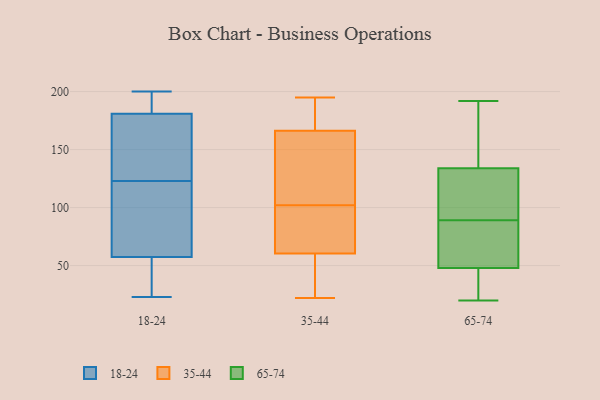
{"axis": {"x": "Active Users", "y": "Value"}, "legend": ["18-24", "35-44", "65-74"], "data": [{"x": "", "y": 32, "type": "18-24"}, {"x": "", "y": 102, "type": "18-24"}, {"x": "", "y": 178, "type": "18-24"}, {"x": "", "y": 182, "type": "18-24"}, {"x": "", "y": 68, "type": "18-24"}, {"x": "", "y": 46, "type": "18-24"}, {"x": "", "y": 199, "type": "18-24"}, {"x": "", "y": 123, "type": "18-24"}, {"x": "", "y": 200, "type": "18-24"}, {"x": "", "y": 54, "type": "18-24"}, {"x": "", "y": 162, "type": "18-24"}, {"x": "", "y": 70, "type": "18-24"}, {"x": "", "y": 23, "type": "18-24"}, {"x": "", "y": 147, "type": "18-24"}, {"x": "", "y": 193, "type": "18-24"}, {"x": "", "y": 62, "type": "35-44"}, {"x": "", "y": 195, "type": "35-44"}, {"x": "", "y": 115, "type": "35-44"}, {"x": "", "y": 167, "type": "35-44"}, {"x": "", "y": 102, "type": "35-44"}, {"x": "", "y": 172, "type": "35-44"}, {"x": "", "y": 85, "type": "35-44"}, {"x": "", "y": 138, "type": "35-44"}, {"x": "", "y": 39, "type": "35-44"}, {"x": "", "y": 59, "type": "35-44"}, {"x": "", "y": 72, "type": "35-44"}, {"x": "", "y": 42, "type": "35-44"}, {"x": "", "y": 132, "type": "35-44"}, {"x": "", "y": 183, "type": "35-44"}, {"x": "", "y": 22, "type": "35-44"}, {"x": "", "y": 61, "type": "35-44"}, {"x": "", "y": 166, "type": "35-44"}, {"x": "", "y": 153, "type": "65-74"}, {"x": "", "y": 192, "type": "65-74"}, {"x": "", "y": 21, "type": "65-74"}, {"x": "", "y": 118, "type": "65-74"}, {"x": "", "y": 136, "type": "65-74"}, {"x": "", "y": 55, "type": "65-74"}, {"x": "", "y": 105, "type": "65-74"}, {"x": "", "y": 37, "type": "65-74"}, {"x": "", "y": 57, "type": "65-74"}, {"x": "", "y": 166, "type": "65-74"}, {"x": "", "y": 104, "type": "65-74"}, {"x": "", "y": 48, "type": "65-74"}, {"x": "", "y": 20, "type": "65-74"}, {"x": "", "y": 127, "type": "65-74"}, {"x": "", "y": 34, "type": "65-74"}, {"x": "", "y": 61, "type": "65-74"}, {"x": "", "y": 74, "type": "65-74"}, {"x": "", "y": 134, "type": "65-74"}]}